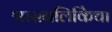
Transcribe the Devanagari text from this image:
श्वासनलिकिेचा